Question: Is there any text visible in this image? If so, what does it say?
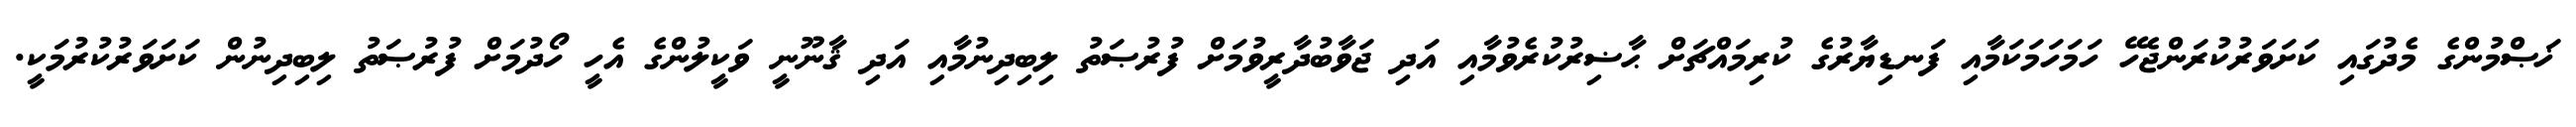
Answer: ޚަޞްމުންގެ މެދުގައި ކަށަވަރުކުރަންޖެހޭ ހަމަހަމަކަމާއި ފަނޑިޔާރުގެ ކުރިމައްޗަށް ޙާޟިރުކުރެވުމާއި އަދި ޖަވާބުދާރީވުމަށް ފުރުޞަތު ލިބިދިނުމާއި އަދި ޤާނޫނީ ވަކީލުންގެ އެހީ ހޯދުމަށް ފުރުޞަތު ލިބިދިނުން ކަށަވަރުކުރުމަކީ.